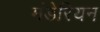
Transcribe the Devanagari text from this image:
मंडेरियन